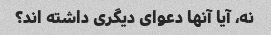
نه، آیا آنها دعوای دیگری داشته اند؟